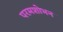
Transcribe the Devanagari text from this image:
परमशोभन